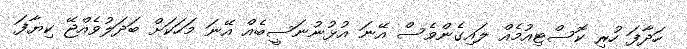
ހަދާފަ ހުރި ކޮސްޓިއުމެއް ލައިގެންވެސް އޭނަ އުޅުނުނަސީބެއް އޭނަ މަހަކަށް ބަދަލުވެއްޖޭ ކިޔާފަ